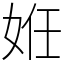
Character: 姙